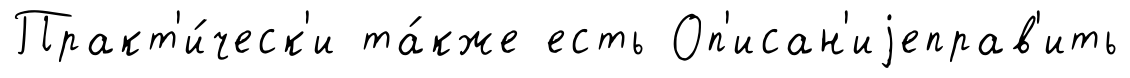
Практ'и́ческ'и та́кже есть Оп'исан'иjеправ'ить